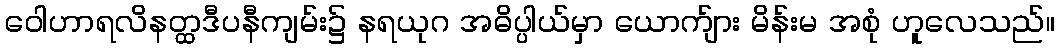
ဝေါဟာရလိနတ္ထဒီပနီကျမ်း၌ နရယုဂ အဓိပ္ပါယ်မှာ ယောက်ျား မိန်းမ အစုံ ဟူလေသည်။